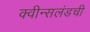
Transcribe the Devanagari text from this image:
क्वीन्सलंडची